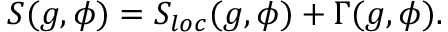
S ( g , \phi ) = S _ { l o c } ( g , \phi ) + \Gamma ( g , \phi ) .